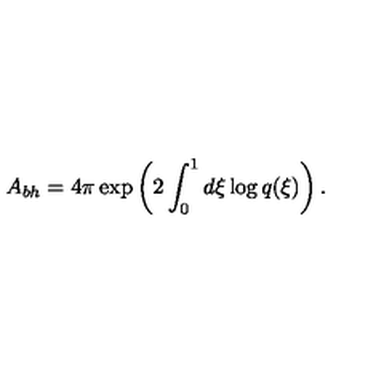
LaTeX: A _ { b h } = 4 \pi \exp \left( 2 \int _ { 0 } ^ { 1 } d \xi \log q ( \xi ) \right) .